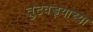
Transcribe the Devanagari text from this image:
तुटवड्याच्या